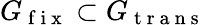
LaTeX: G_{\mathrm{~f~i~x~}}\subset G_{\mathrm{~t~r~a~n~s~}}